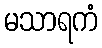
မသာရကံ